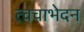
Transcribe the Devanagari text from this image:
त्वचाभेदन